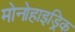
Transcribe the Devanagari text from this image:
मोनोहाइड्रिक